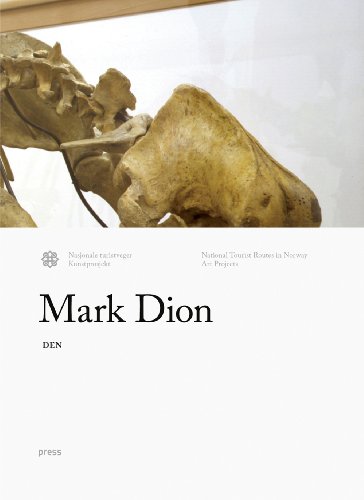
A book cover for Mark Dion: DEN: Aurlandsfjellet; Arts & Photography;